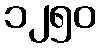
၁၂၅၀